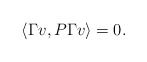
\begin{align*}\langle \Gamma v, P \Gamma v \rangle = 0.\end{align*}